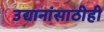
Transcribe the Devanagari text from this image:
उद्यानांसाठीही